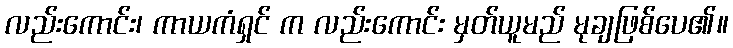
လည်းကောင်း၊ ကာယကံရှင် က လည်းကောင်း မှတ်ယူမည် မုချဖြစ်ပေ၏။